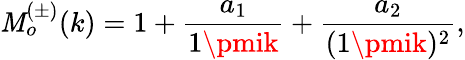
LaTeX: \mathit{M}_{o}^{(\pm)}(k)=1+\frac{{a_{1}}}{{1\pmik}}+\frac{{a_{2}}}{{(1\pmik)^{2}}},